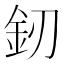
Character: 釰